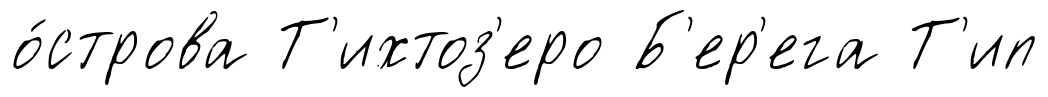
о́строва Т'ихтоз'еро Б'ер'ега Т'ип